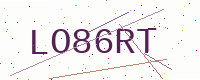
Text: LO86RT